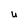
Character: U